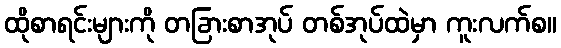
ထိုစာရင်းများကို တခြားစာအုပ် တစ်အုပ်ထဲမှာ ကူးလက်စ။